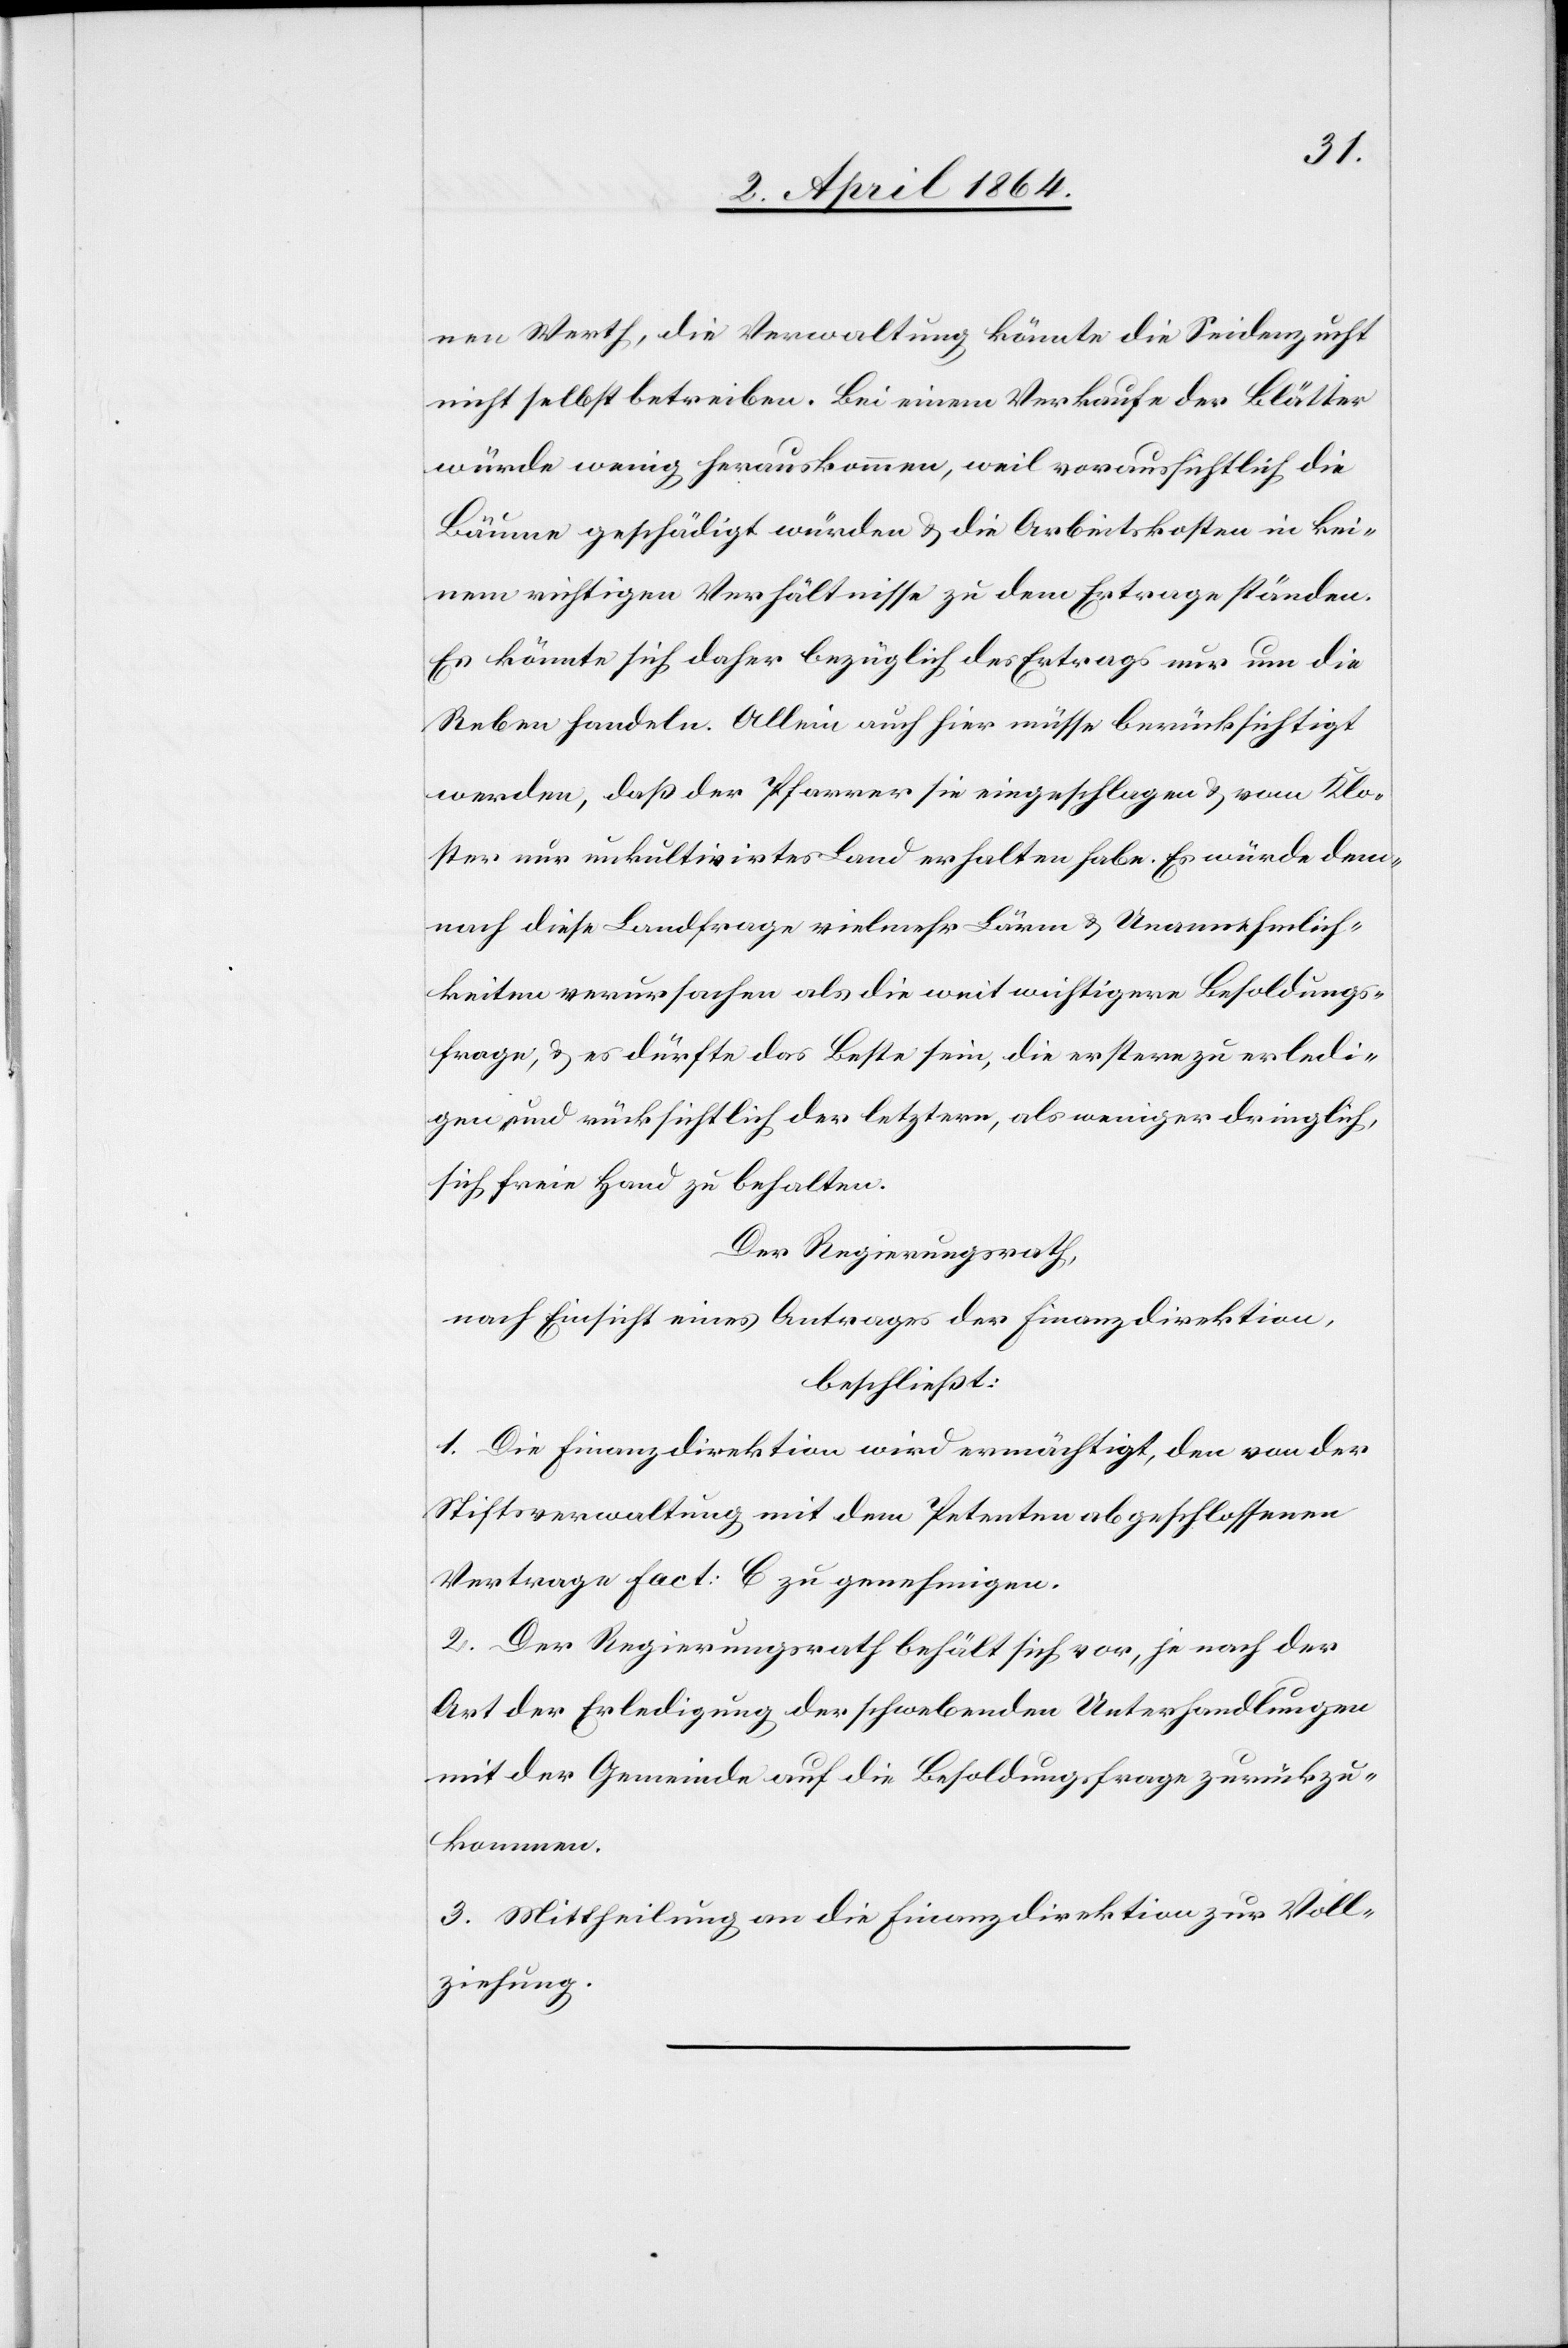
Werth, die Verwaltung könnte die Seidenzucht
nicht selbst betreiben. Bei einem Verkaufe der Blätter
würde wenig herauskommen, weil voraussichtlich die
Bäume geschädigt würden u. die Arbeitskosten in kei¬
nem richtigen Verhältnisse zu dem Ertrage ständen.
Es könnte sich daher bezüglich des Ertrags nur um die
Reben handeln. Allein auch hier müsse berücksichtigt
werden, daß der Pfarrer sie eingeschlagen u. vom Klo¬
ster nur unkultivirtes Land erhalten habe. Es würde dem¬
nach diese Landfrage vielmehr Lärm u. Unannehmlich¬
keiten verursachen als die weit wichtigere Besoldungs¬
frage, u. es dürfte das Beste sein, die erstere zu erledi¬
gen und rücksichtlich der letztern, als weniger dringlich,
sich freie Hand zu behalten.
Der Regierungsrath,
nach Einsicht eines Antrages der Finanzdirektion,
beschließt:
1. Die Finanzdirektion wird ermächtigt, den von der
Stiftsverwaltung mit dem Petenten abgeschlossenen
Vertrage fact: C zu genehmigen.
2. Der Regierungsrath behält sich vor, je nach der
Art der Erledigung der schwebenden Unterhandlungen
mit der Gemeinde auf die Besoldungsfrage zurückzu¬
kommen.
3. Mittheilung an die Finanzdirektion zur Voll¬
ziehung.